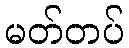
မတ်တပ်